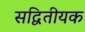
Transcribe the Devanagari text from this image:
सद्वितीयक